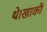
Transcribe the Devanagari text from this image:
थे।खाकी